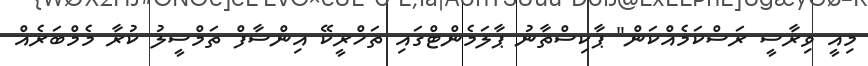
މިއީ ވިރާސީ ރަސްކަމެއްކަން" ޕާކިސްތާނު ޕާލަމެންޓްގައި ތަހްރީކޭ އިންސާފް ތަމްސީލު ކުރާ މެމްބަރެއް